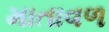
માતાવળ